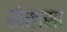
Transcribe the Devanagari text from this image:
खेखसा